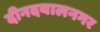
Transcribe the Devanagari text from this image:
दीनदयालनगर